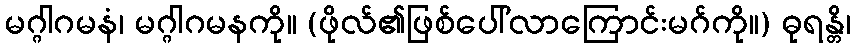
မဂ္ဂါဂမနံ၊ မဂ္ဂါဂမနကို။ (ဖိုလ်၏ဖြစ်ပေါ်လာကြောင်းမဂ်ကို။) ဓုရန္တိ၊